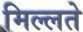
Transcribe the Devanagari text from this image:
मिल्लते